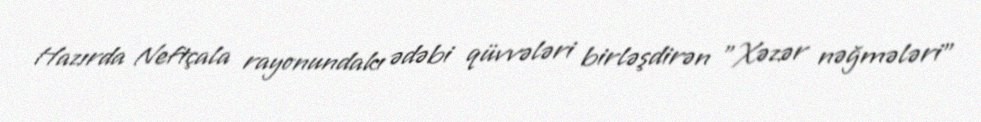
Hazırda Neftçala rayonundakı ədəbi qüvvələri birləşdirən "Xəzər nəğmələri"